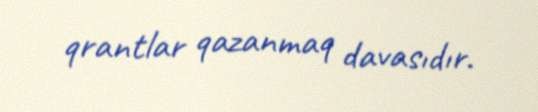
qrantlar qazanmaq davasıdır.